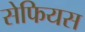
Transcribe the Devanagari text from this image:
सेफियस